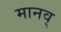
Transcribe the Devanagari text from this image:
मानव्